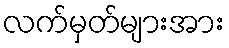
လက်မှတ်များအား